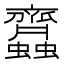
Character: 𧖊